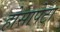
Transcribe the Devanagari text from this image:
होसापेटा